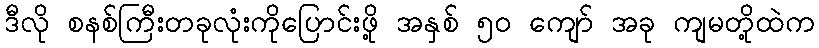
ဒီလို စနစ်ကြီးတခုလုံးကိုပြောင်းဖို့ အနှစ် ၅၀ ကျော် အခု ကျမတို့ထဲက